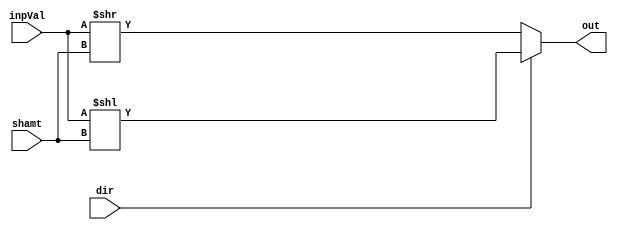
`timescale 1ns / 1ps
//////////////////////////////////////////////////////////////////////////////////
// Company: 
// Engineer: 
// 
// Design Name: 
// Module Name:    LogicalShifter 
// Project Name: 
// Target Devices: 
// Tool versions: 
// Description: 
//
// Dependencies: 
//
// Revision: 
// Revision 0.01 - File Created
// Additional Comments: 
//
//////////////////////////////////////////////////////////////////////////////////

// 32-bit Input Bi-directional Logical Shifter

module LogicalShifter(
    input [31:0] inpVal,
    input [4:0] shamt,
    input dir,
    output [31:0] out
);
    // dir = 0 => Left Shift
    // dir = 1 => Right Shift
	 wire [31:0] lsRes, rsRes;
	 
	 assign lsRes = inpVal << shamt;
	 assign rsRes = inpVal >> shamt;
	 
	 assign out = dir ? lsRes : rsRes;

endmodule